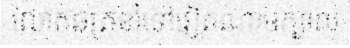
លោតឆត្រនាំទៅវៀតណាមក្បាល